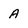
Character: A